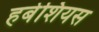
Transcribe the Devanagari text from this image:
हर्बेशियस